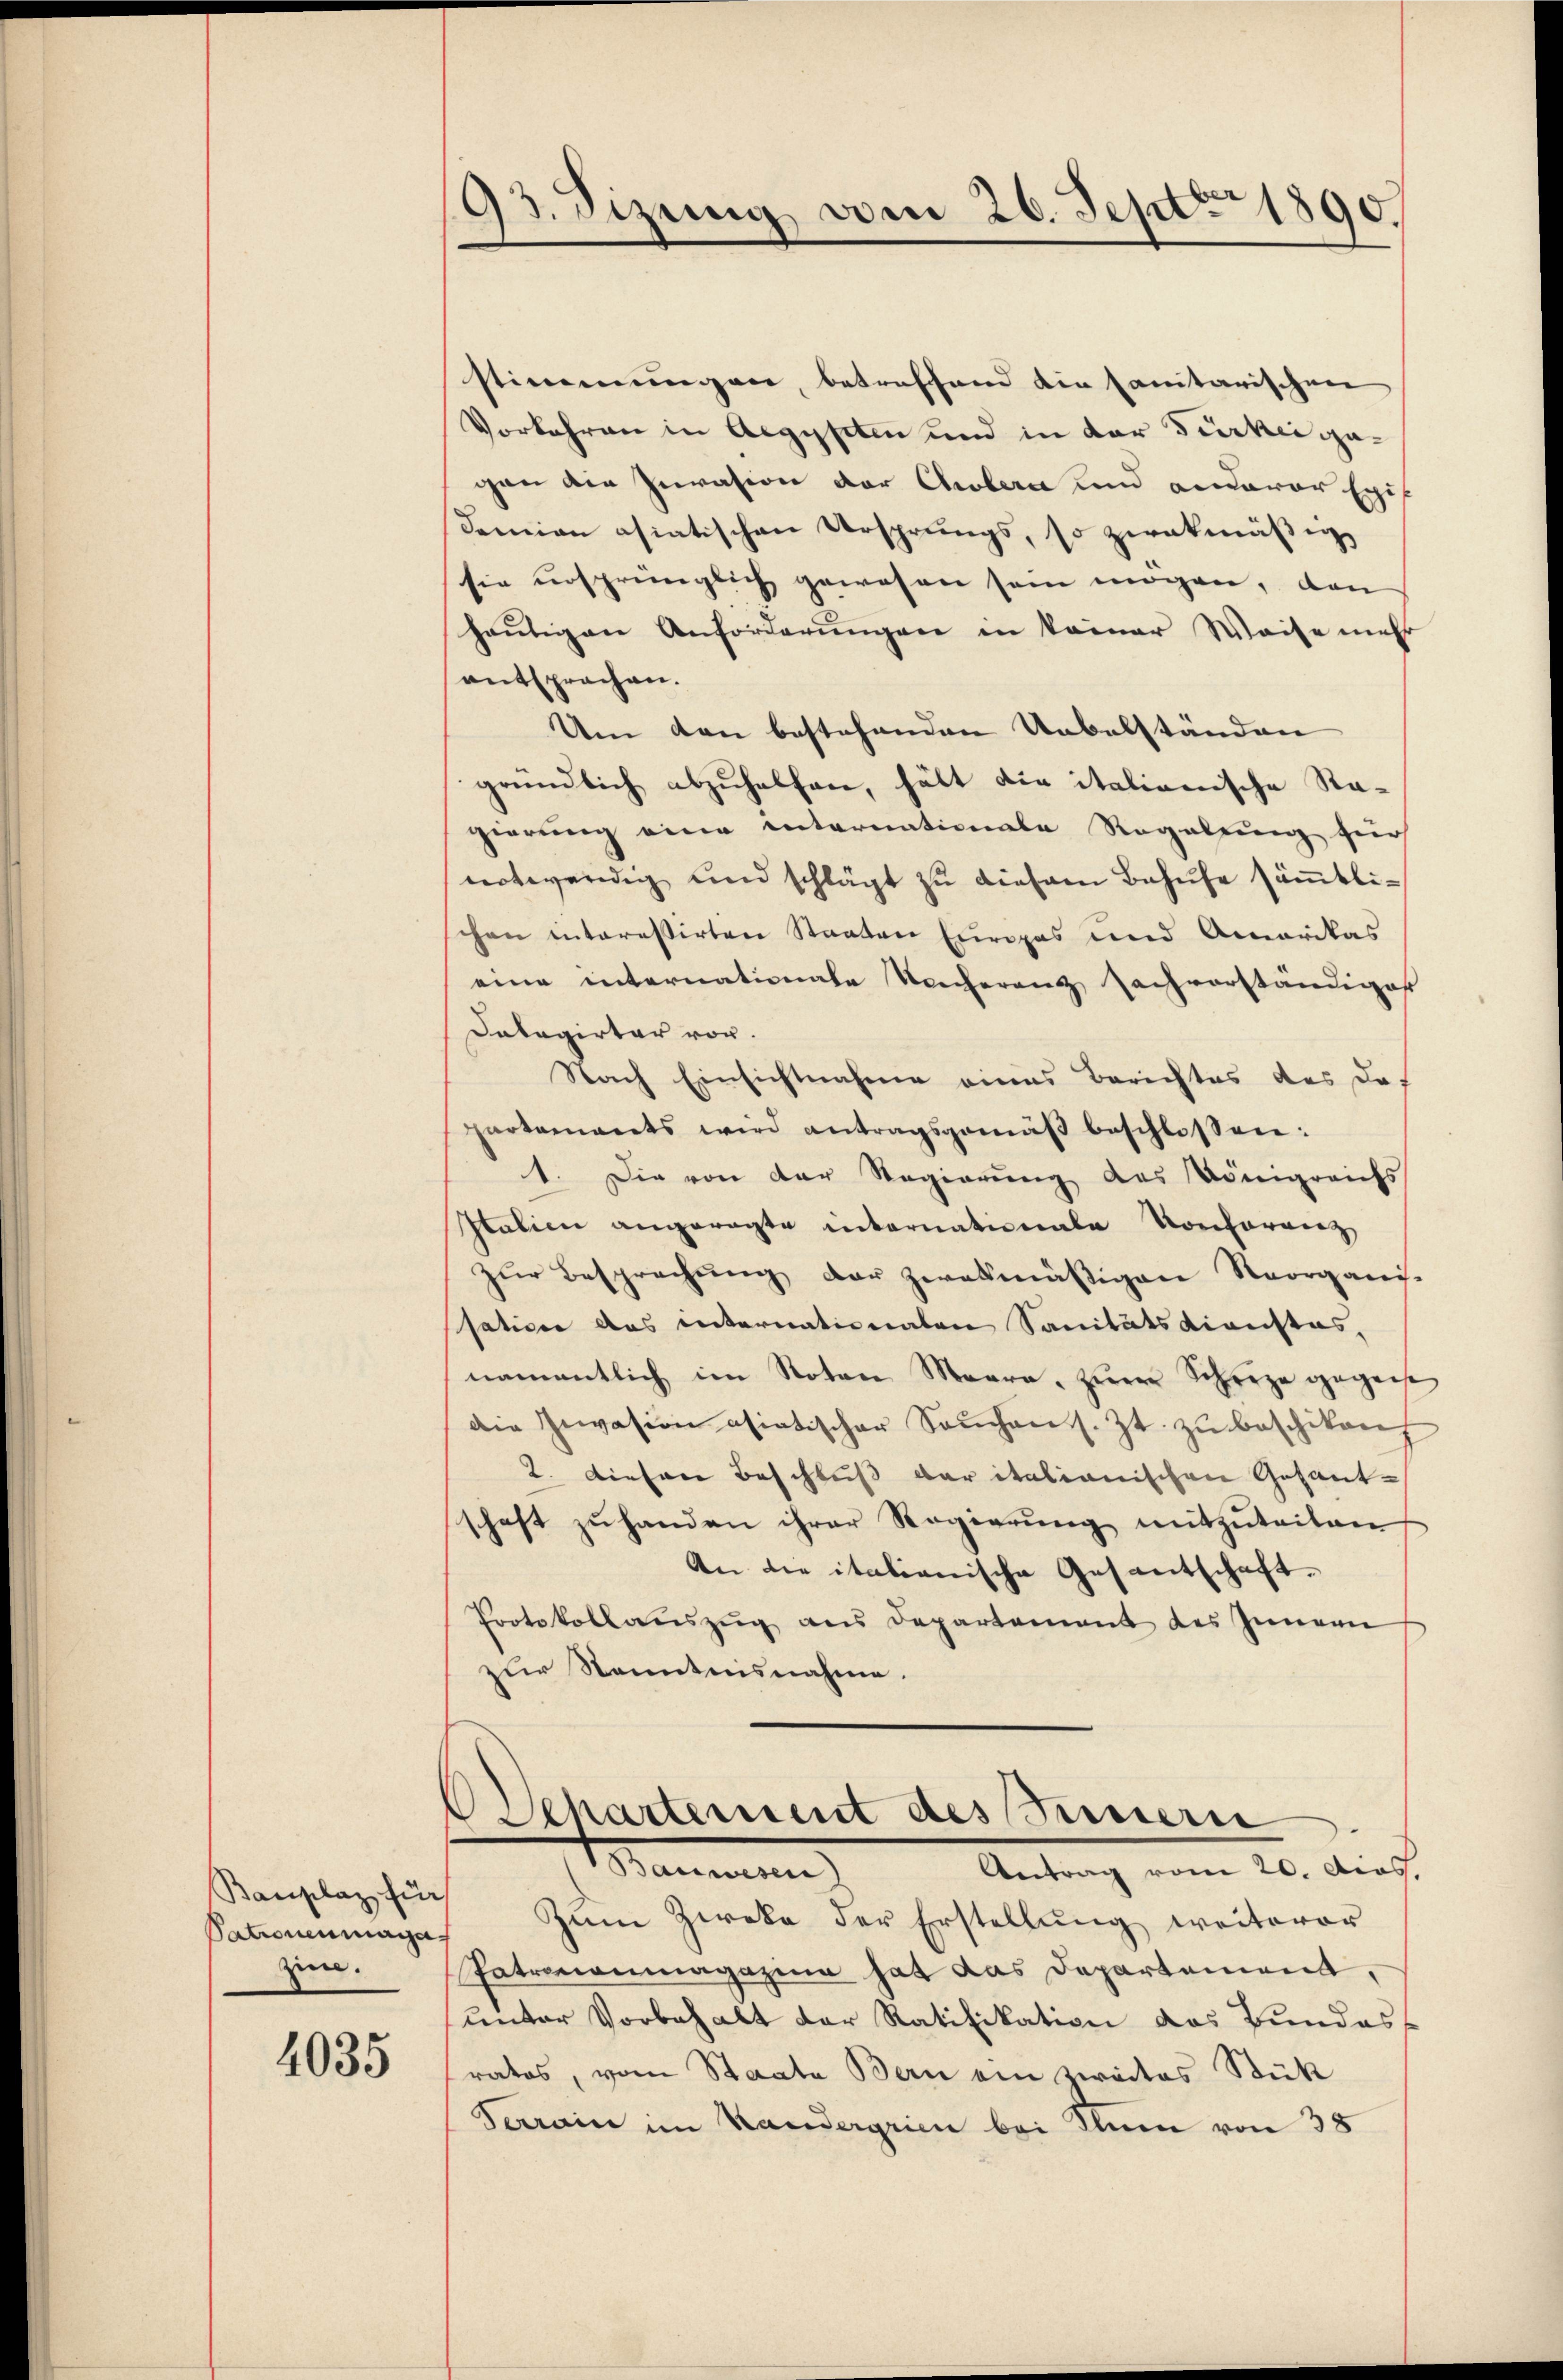
Bauplaz für
Patronenmaga
zin.

4035

93. Sizung vom 26. Sept. 1890.

stimmungen, betreffend die sanitarischen
Vorkehren in Aegypten und in der Türkei gagen die Invasion der Cholera und anderer Exis
Samian osiatischen Ursprungs, so zwekmäßig,
sie ursprünglich gewesen sein mögen, den
heŭtigen Anforderŭngen in keiner Weise meh
entsprochen.
Um den bestehenden Uebelständen
gründlich abzuhelfen, hält die italienische Ragierung eine internationale Regeltung hier
notwendig und schlägt zŭ diesem Behufe säṁtli-
chen interessirten Staaten Europas und Amerikas
eine internationale Koncherenz Sachverständiges
Delegirter von
Nach Einsichtnahme eines Berichtes des da-
partements wird antragsgemäβ beschlossen:
1. Die von der Regierung des Königreichs
Italien angeregte internationale Konferenz
zŭr Besprechŭng der zwekmäβigen Reorganis-
sation das internationaten Sanitätsdienstes,
namentlich im Noten Maara, zŭrer Schreze gegen
die Invasion asiatischer Seuchen s. Zt. zu beschikon,
2. Diesene Beschluß der italianischen Gesandschaft zŭ handen ihrer Regierŭng mitzŭteiten
An die italianische Gesantschaft-
Protokollaŭszŭg aŭs Departement des Innern
zur Kenntnisnahme.
Departement des Innern
Hammenen
Antrag vom 20. Dias.
Zum Zweke der Erstellung weiterer
Patrononmagazine hat das Departement,
unter Vorbehalt der Ratifikation das Bundesf
ratos, vom Staate Bern ein zweites Stük
Terrain im Handergrien bei Ihnen von 38